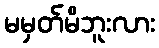
မမှတ်မိဘူးလား